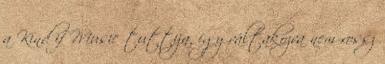
a Kind if Music tuttija, így váltakozva nem rossz